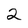
Character: 2